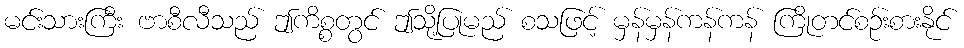
မင်းသားကြီး ဗာစီလီသည် ဤကိစ္စတွင် ဤသို့ပြုမည် စသဖြင့် မှန်မှန်ကန်ကန် ကြိုတင်စဉ်းစားနိုင်